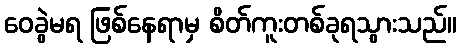
ဝေခွဲမရ ဖြစ်နေရာမှ စိတ်ကူးတစ်ခုရသွားသည်။